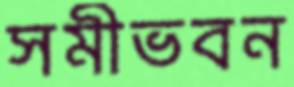
সমীভবন